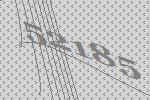
52185